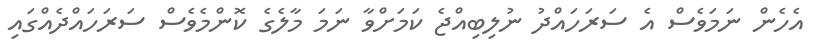
އެހެން ނަމަވެސް އެ ސަރަހައްދު ނުލިބިއްޖެ ކަމަށްވާ ނަމަ މާލެގެ ކޮންމެވެސް ސަރަހައްދެއްގައި